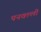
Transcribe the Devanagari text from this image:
पनवल्ली